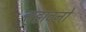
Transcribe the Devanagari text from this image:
सुहावनो